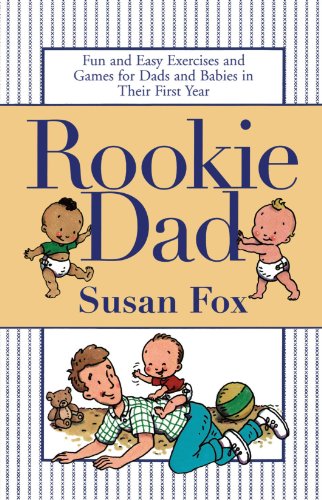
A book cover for Rookie Dad: Fun and Easy Exercises and Games for Dads and Babies in Their First Year; Susan Fox; Health, Fitness & Dieting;